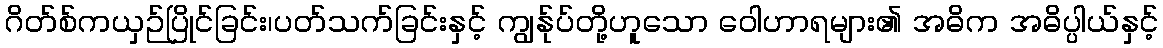
ဂိတ်စ်ကယှဉ်ပြိုင်ခြင်း၊ပတ်သက်ခြင်းနှင့် ကျွန်ုပ်တို့ဟူသော ဝေါဟာရများ၏ အဓိက အဓိပ္ပါယ်နှင့်